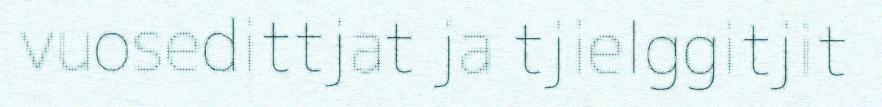
vuosedittjat ja tjielggitjit